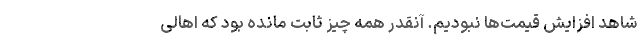
شاهد افزایش قیمت‌ها نبودیم. آنقدر همه چیز ثابت مانده بود که اهالی